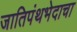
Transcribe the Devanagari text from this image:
जातिपंथभेदाचा